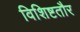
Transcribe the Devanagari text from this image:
विशिष्टतौर